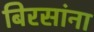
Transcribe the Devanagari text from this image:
बिरसांना